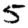
Digit: 5